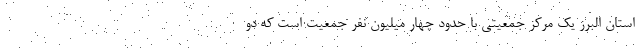
استان البرز یک مرکز جمعیتی با حدود چهار میلیون نفر جمعیت است که دو